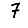
Digit: 7